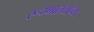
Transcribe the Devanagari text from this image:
रूग्णालयाच्या